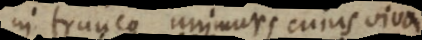
in trunco unimur, cujus viva